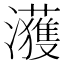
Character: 𤄀